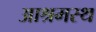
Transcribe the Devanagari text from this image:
आश्रमस्थ